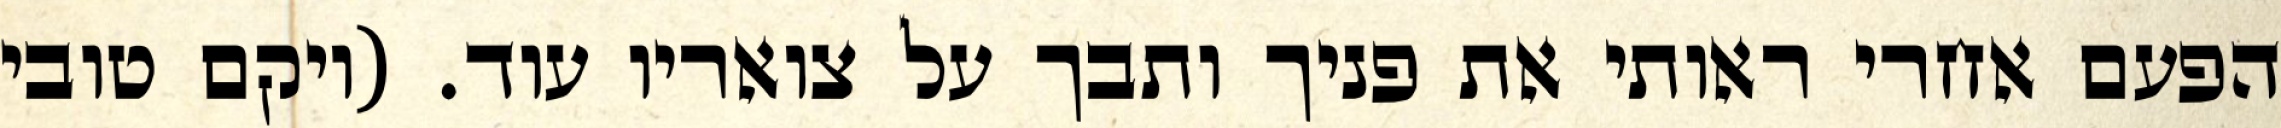
הפעם אחרי ראותי את פניך ותבך על צואריו עוד. (ויקם טובי